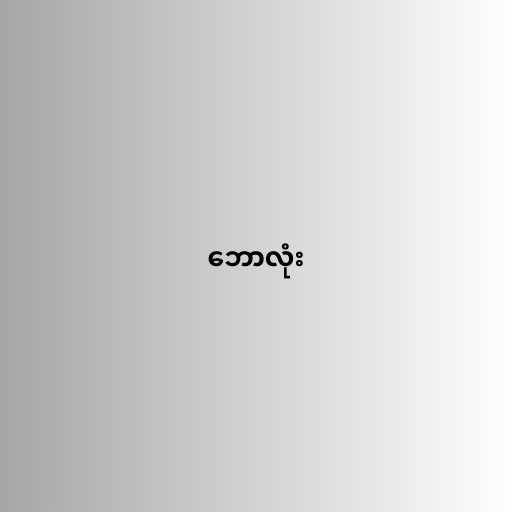
ဘောလုံး